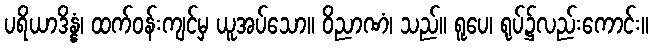
ပရိယာဒိန္နံ၊ ထက်ဝန်းကျင်မှ ယူအပ်သော။ ဝိညာဏံ၊ သည်။ ရူပေ၊ ရုပ်၌လည်းကောင်း။